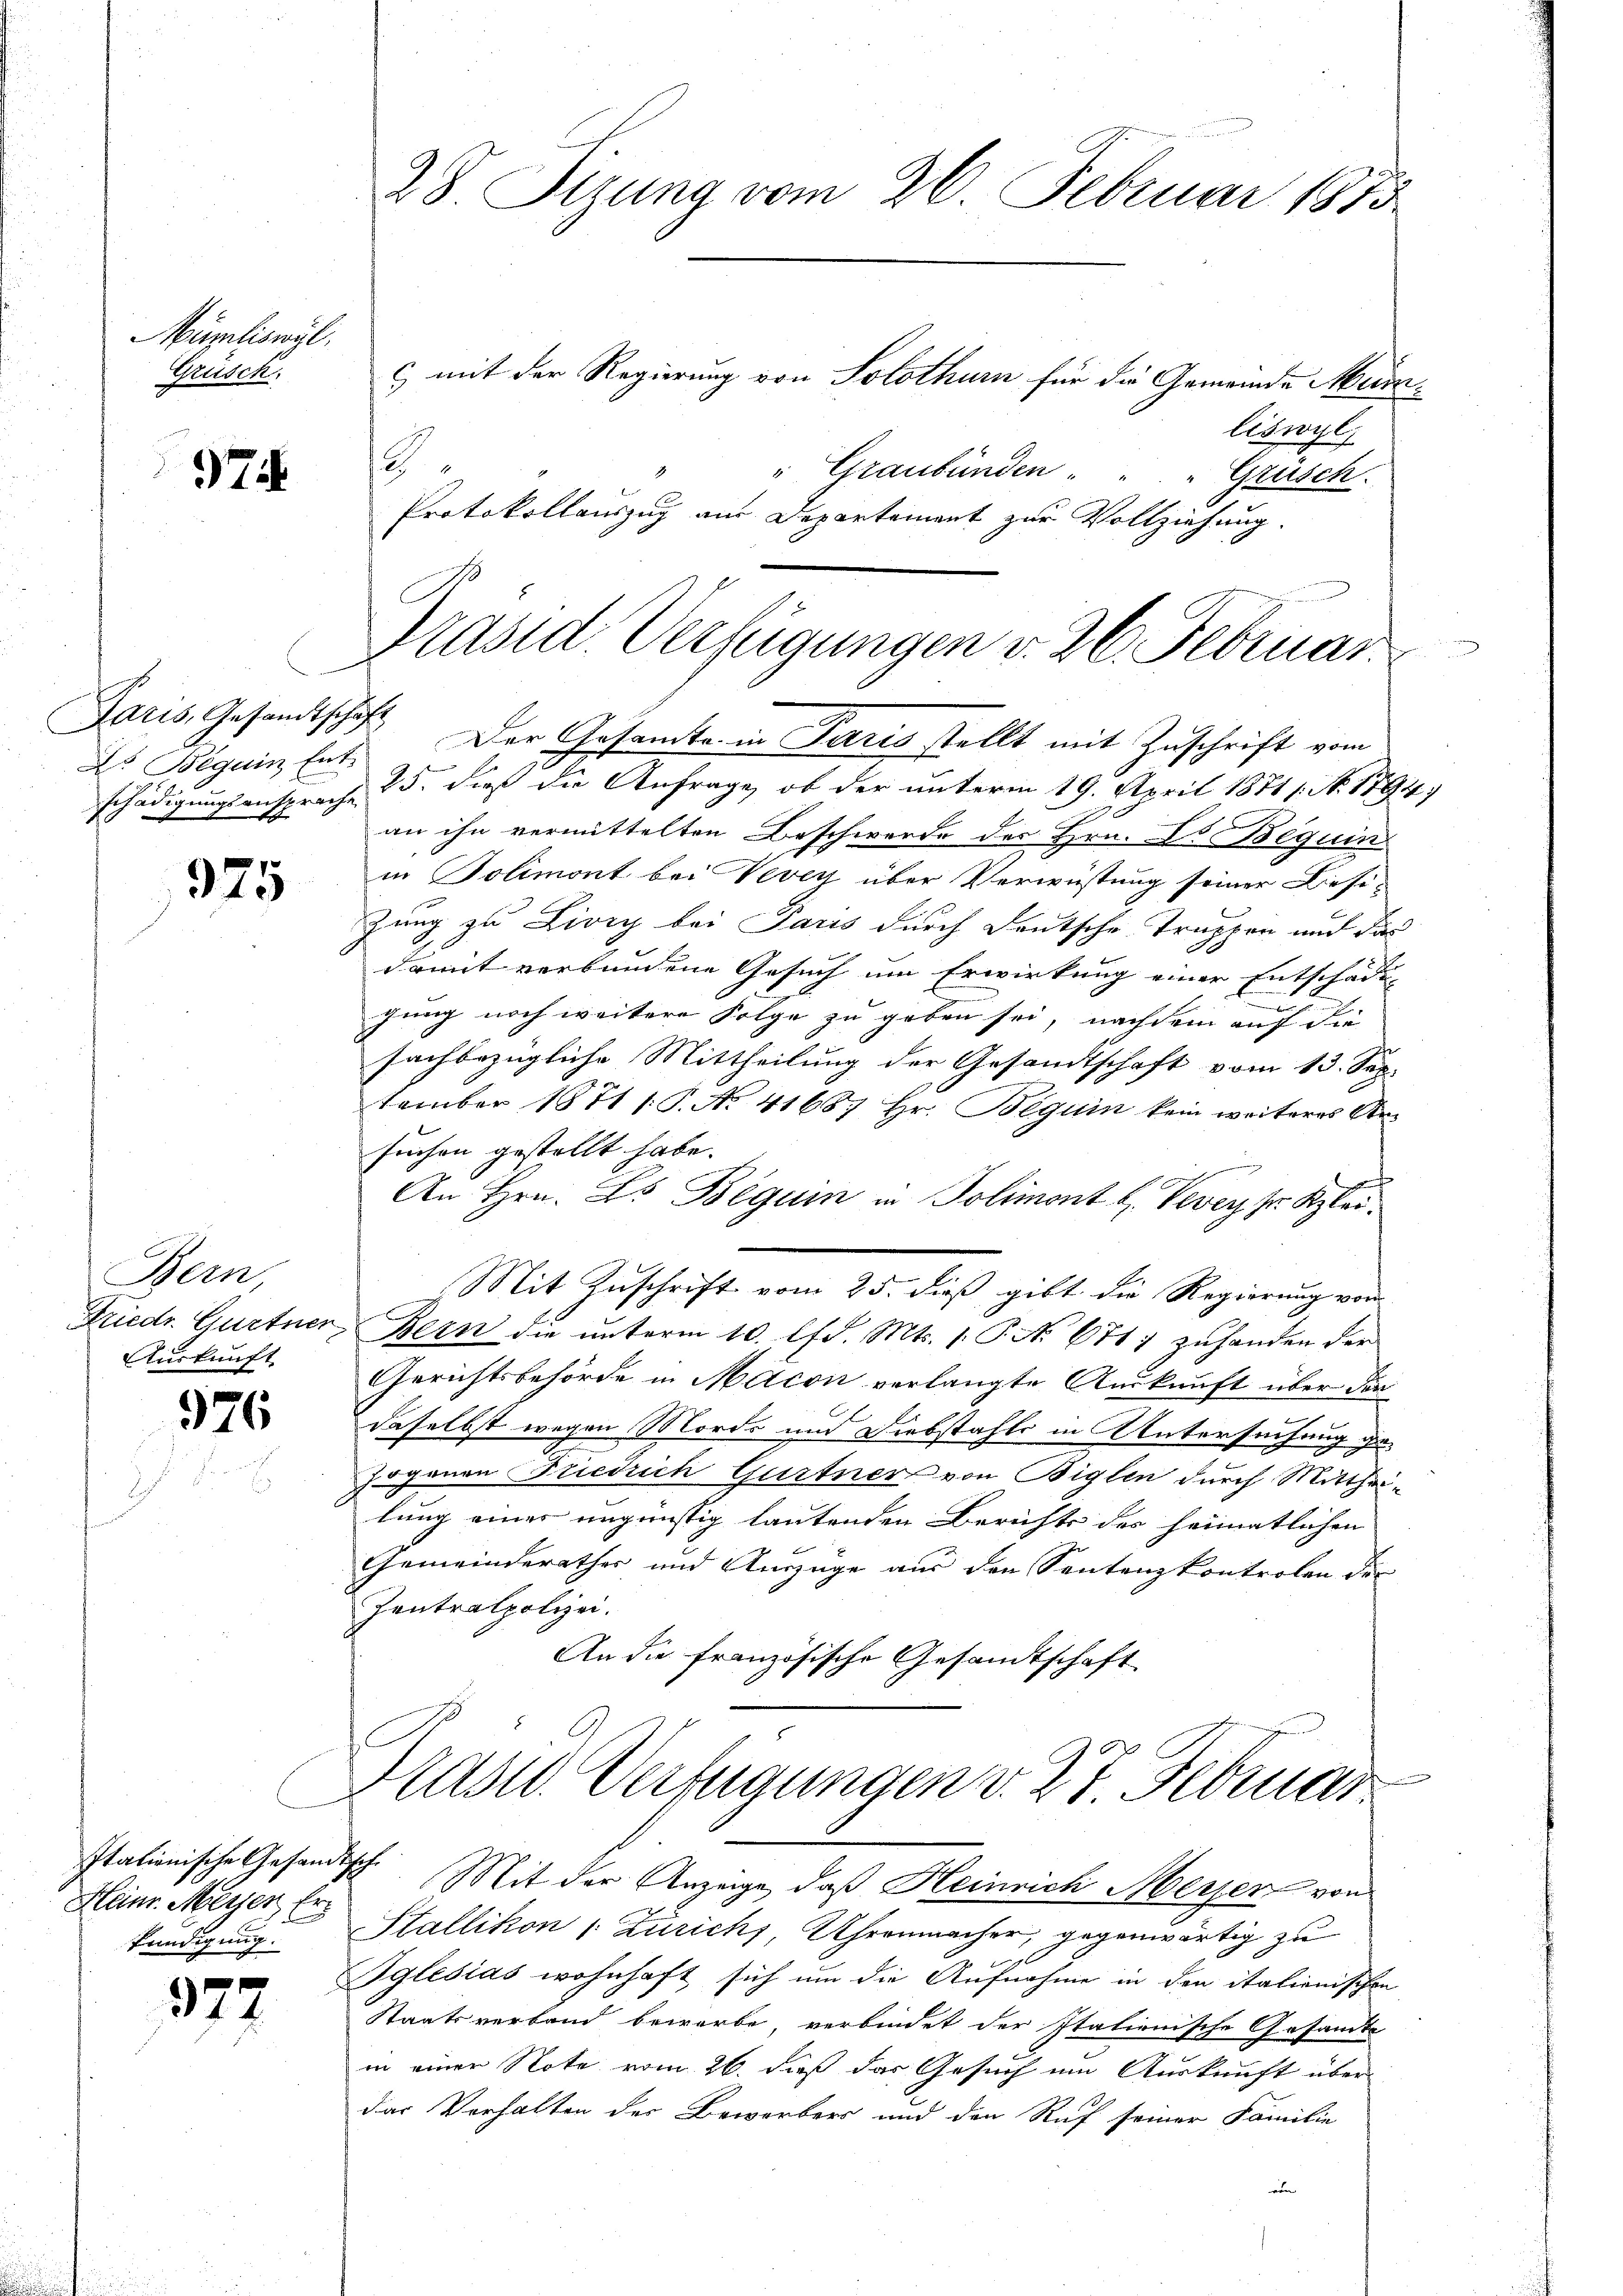
Müriliswil,
Grusch.

Tit

Paris, Gesandtschaft
A Beguin Ent-

975

Bern,
Friedr. Gurtner
Auskunft

576

Heinr. Meyen Erkündigung.

372

28. Sizung vom 26. Februar 1875

h

liswyl,
" Graubünden . . " Grüsch.
Protokollauszug aus Departement zur Vollziehung.

Präsid. Verfügungen v. 26. Februar
Der Gesamte in Paris stellt mit Zuschrift vom

schädigungsansprache 25. dieß die Anfrage, ob der unterm 19. April 1871 1 S. 1794.
an ihn vermittelten Beschwerde des Hrn. Es seguin
in Bolimont bei Vevey über Verwüstung seiner Diesi-
zung zu Livey bei Paris durch Deutsche Truppen und das
damit verbundene Gesuch um Erwirkung einer Entschade
gung noch weitere Folge zu geben sei, nachdem auf die
fachbezügliche Mittheilung der Gesandtschaft vom 13. Sep.
tember 1871 /: P. No. 41687 Hr. Begum kein weiteres Arsuchen gestellt habe.
An Hrn. L. Beguin in Polimont b. Vevey Sr. Klei¬
Mit Zuschrift vom 25. dieß gibt die Regierung von
Bern die ŭnterm 10. lfd. Mts. 1. P. No 671) zŭhanden der
Gerichtsbehörde in Macon verlangte Auskunft über den
daselbst wegen Morde und Diebstahls in Untersuchung ge¬
Jogenen Friedrich Gurtner von Biglen durch Mittheilung einer ungünstig lautenden Berichts des heimatlichen
Gemeinderathes und Auszüge aus den Sentenzkontrolen der
Ientralpolizei.
An die französische Gesandtschaft

c mit der Regierung von Solothurn für die Gemeinde Mem¬

Prast. Verfügungen v. 27. Februar
Itationische Gesandtsche Mit der Anzeige, daß Heinrich Meyer von

Stallikon /: Zürich), Uhrenmacher, gegenwärtig zu
Sglesias wohnhaft sich um die Aufnahme in den italienischen
Staatsverband bewarbe, verbindet der Italienische Gesandte
in einer Note vom 26. dieß das Gesuch um Auskunft über-
das Verhalten der Bewerbers und den Ruf seiner Familie
ven